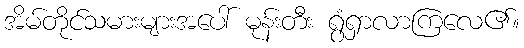
အိမ်တိုင်သမားများအပေါ် မုန်းတီး ရွံရှာလာကြလေ၏။